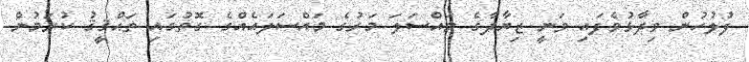
ފުލުހުން ވިދާޅުވެފައި ވަނީ ޒިޔާދާގެ މައްސަލަ މަރުގެ މައްސަލައެއްގެ ގޮތުގައި ތަޙްޤީޤު ކުރަމުން